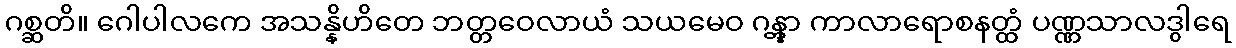
ဂစ္ဆတိ။ ဂေါပါလကေ အသန္နိဟိတေ ဘတ္တဝေလာယံ သယမေဝ ဂန္တွာ ကာလာရောစနတ္ထံ ပဏ္ဏသာလဒွါရေ